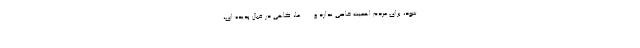
شود، برای مردم اهمیت خاصی ندارد و ... . ما، گاهی در قبال پدیده ای،